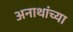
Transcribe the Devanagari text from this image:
अनाथांच्या